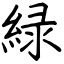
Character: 緑